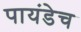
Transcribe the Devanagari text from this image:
पायंडेच